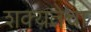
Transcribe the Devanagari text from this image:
शक्यतेचा